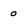
Character: 0